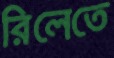
রিলেতে